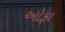
ઓફા